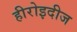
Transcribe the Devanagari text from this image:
हीरोइदीज